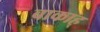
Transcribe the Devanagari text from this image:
बाकाह्